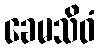
ခေမသိဝံ